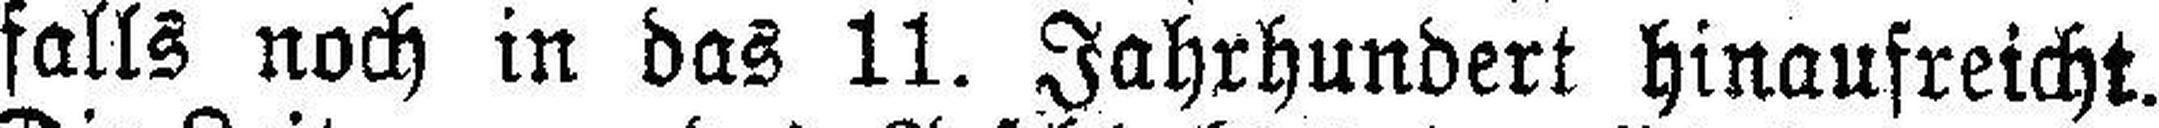
falls noch in das 11. Jahrhundert hinaufreicht.